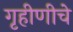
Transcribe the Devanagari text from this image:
गृहीणीचे